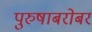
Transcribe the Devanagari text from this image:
पुरुषाबरोबर